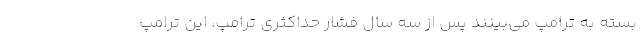
بسته به ترامپ می‌بینند پس از سه سال فشار حداکثری ترامپ، این ترامپ